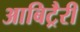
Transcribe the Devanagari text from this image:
आबिट्रैरी